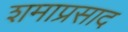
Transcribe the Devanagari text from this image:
शमाप्रसाद